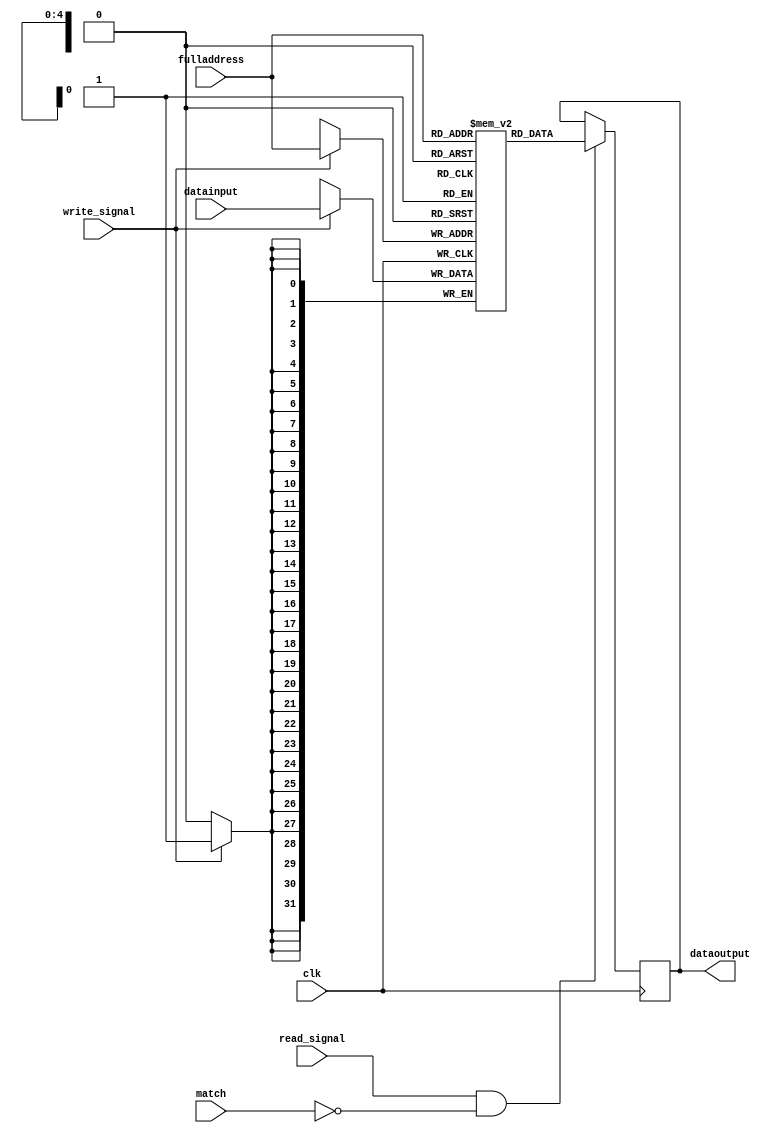
module mainmeory(fulladdress,datainput,dataoutput,clk,write_signal,read_signal,match);
parameter memorybits = 5;
input[memorybits-1:0] fulladdress;
input[31:0] datainput;
output[31:0] dataoutput;
input clk;
input write_signal;
input read_signal;
input match;
reg[31:0] dataoutput;
reg[31:0] data[31:0];

always @(posedge clk)
		begin
			if(write_signal==1)
				data[fulladdress] = datainput;
		end

always @(negedge clk)
		begin
			if(read_signal==1&&match==0)
				dataoutput = data[fulladdress];
		end

endmodule